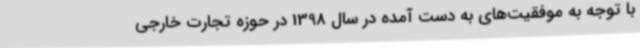
با توجه به موفقیت‌های به دست آمده در سال 1398 در حوزه تجارت خارجی